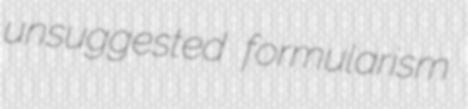
unsuggested formularism